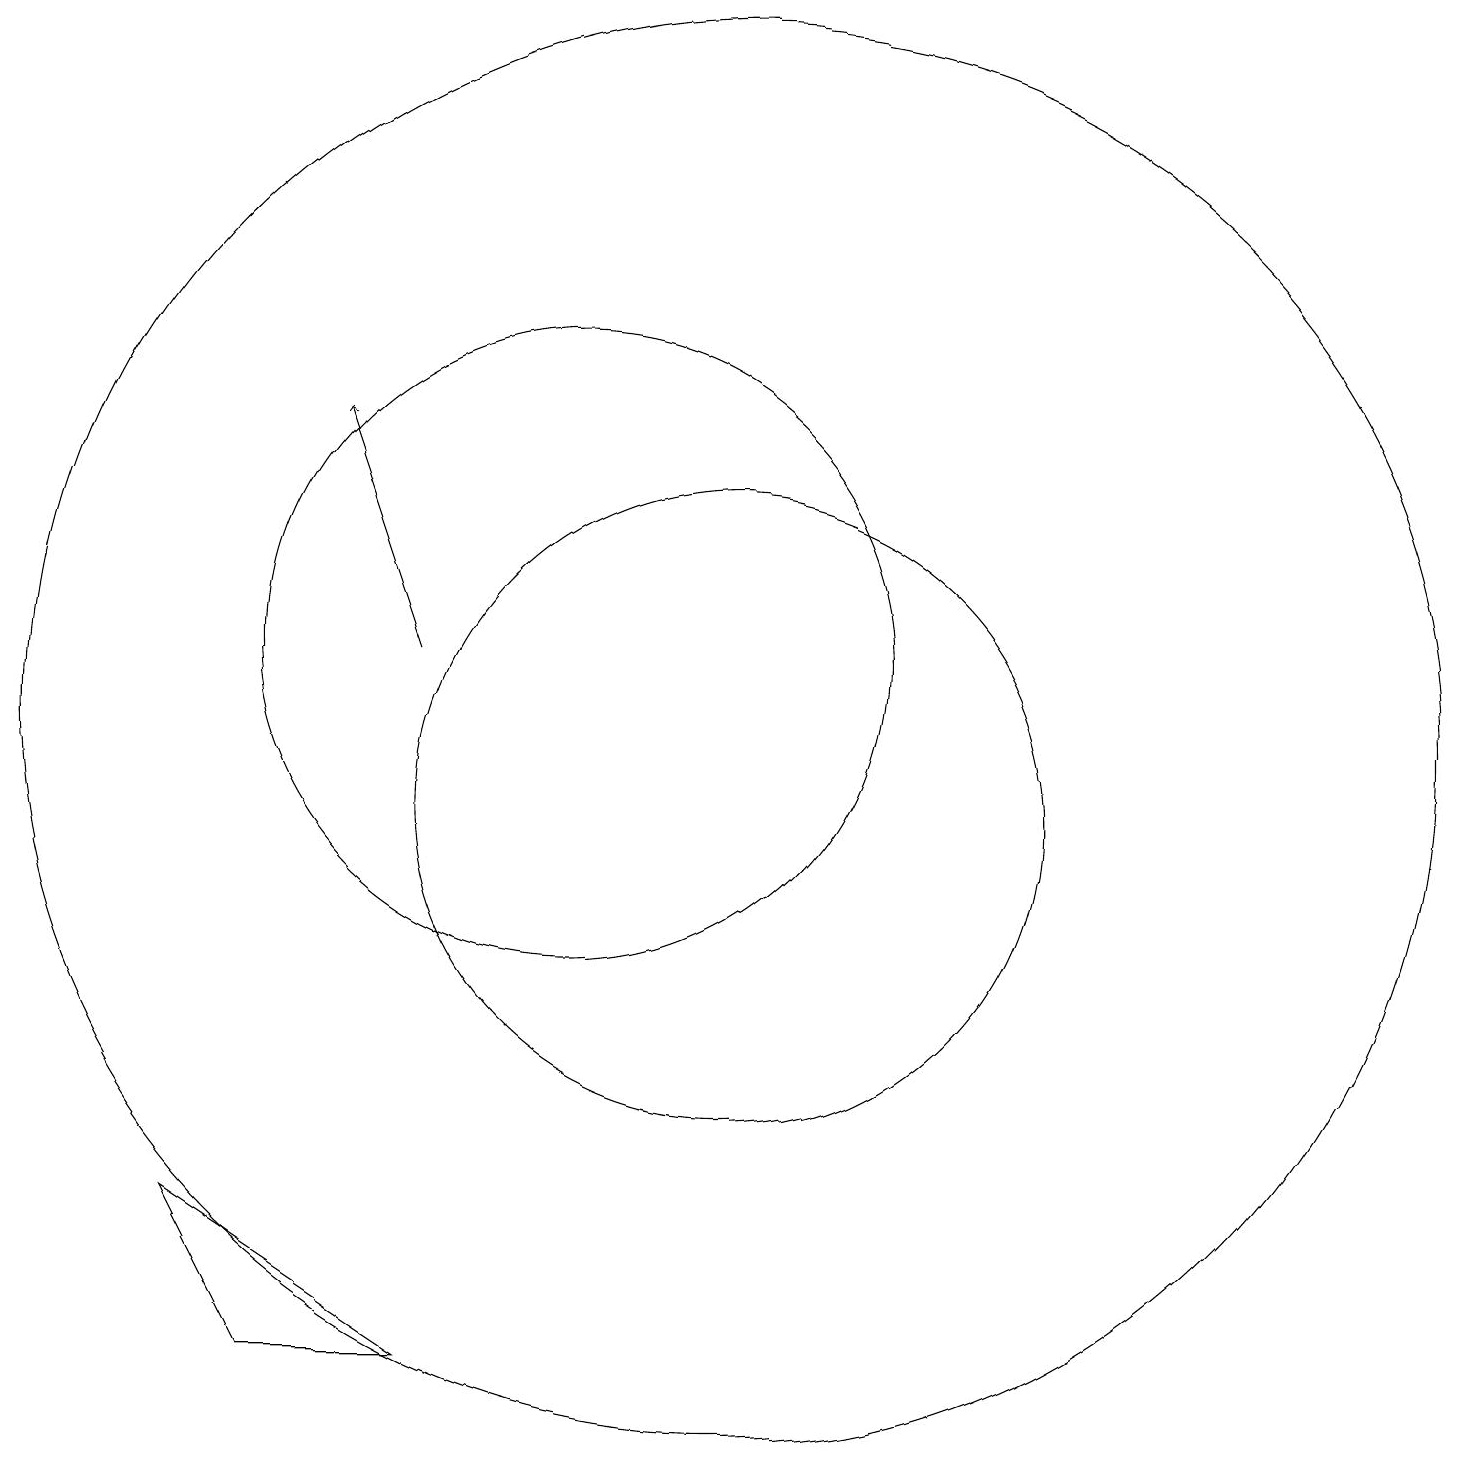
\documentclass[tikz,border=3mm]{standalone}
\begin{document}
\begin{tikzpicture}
\draw (10,12) circle (4);
\draw[->] (8,12) -- (7,15);
\draw (12,11) circle (9);
\draw (12,10) circle (4);
\draw (5,5) -- (6,3) -- (8,3) -- cycle;
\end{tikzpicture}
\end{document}